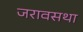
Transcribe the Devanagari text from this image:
जरावसथा